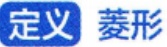
定义 菱形